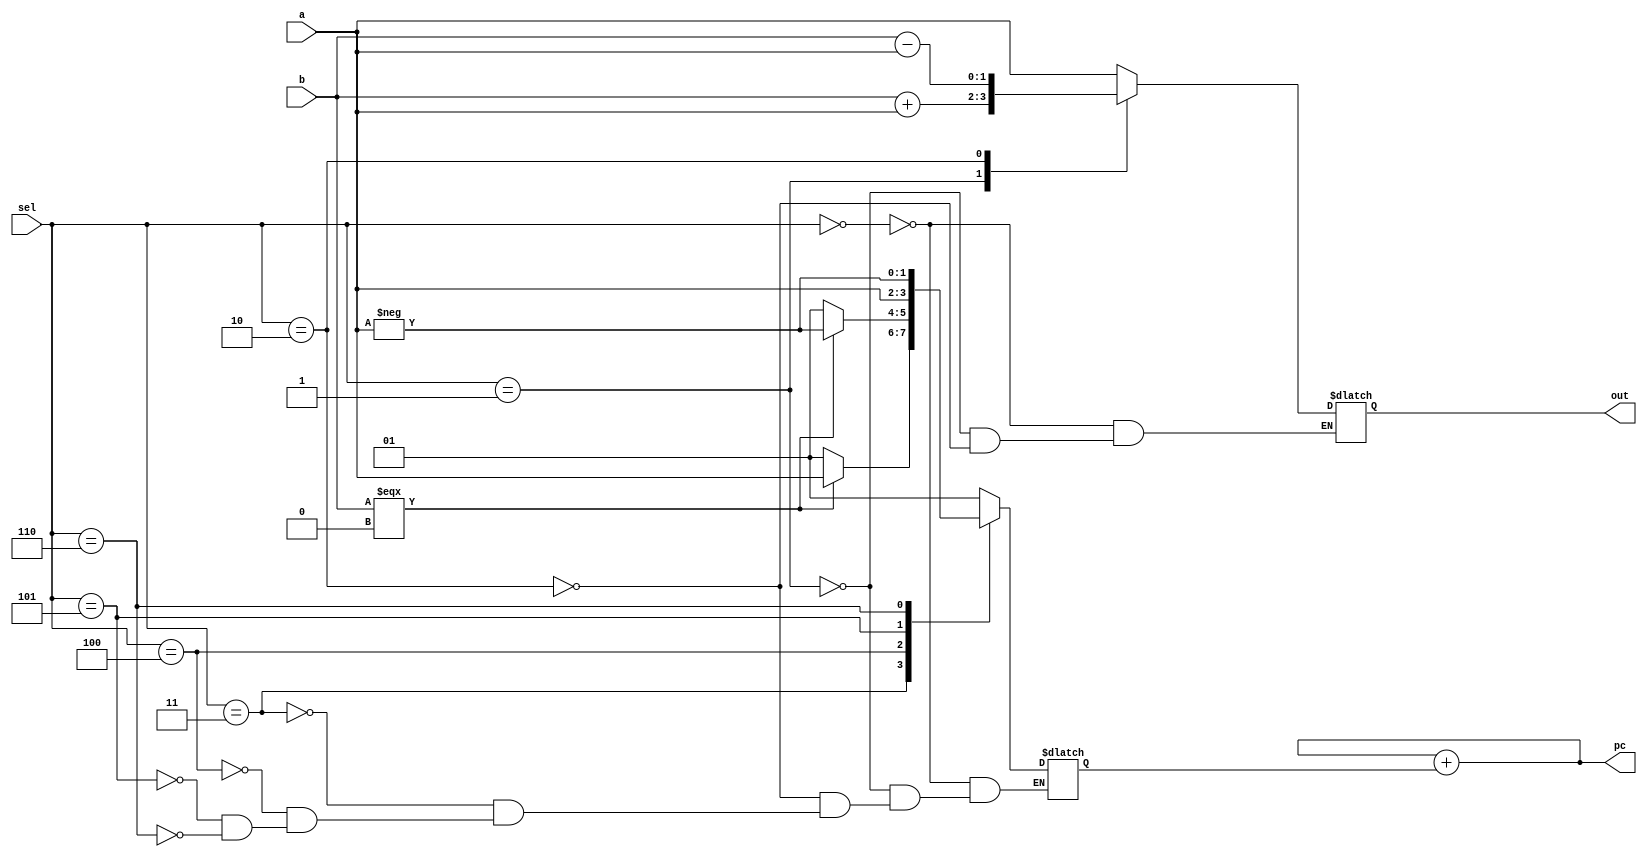
module alu (a,b,sel, pc,out);
	input [1:0] a,b;
	input [2:0] sel; 
	output reg [1:0] out;
	output reg signed  [7:0] pc;
	reg signed [1:0] pc_next;
	initial begin
		out <= 0;
	end
	//Whenever pc_next is changed, change pc too!
	always @(pc_next) begin
		pc = pc+pc_next;
	end
	always @ (*) begin 
		case(sel) 
			3'b000:begin//Pass Data
				out <= a;
				pc_next <= 2'b01;
			end                   
			3'b001:begin//Add Immediate
				out<= b+a;
				pc_next <= 2'b01;
			end
			3'b010:begin//Subtract Immediate
				out<=b-a;
				pc_next <= 2'b01;
			end
			3'b011:begin
				if(b === 0)//Conditional Jump Down
					pc_next <= a;
				else
					pc_next <= 2'b01;
			end
			3'b100:begin//Conditional Jump Up
				if(b===0)
					pc_next <= -a;
				else 
					pc_next <= 2'b01;
			end
			3'b101:begin//Unconditional Jump Down
				pc_next <= a;
			end
			3'b110:begin//Unconditional Jump Up
				pc_next <= -a;
			end 
			3'b111:begin
			
			end
		endcase
   end
endmodule